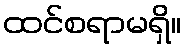
ထင်စရာမရှိ။